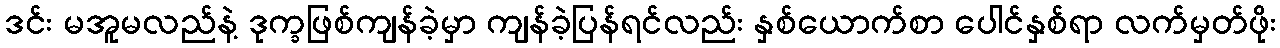
ဒင်း မအူမလည်နဲ့ ဒုက္ခဖြစ်ကျန်ခဲ့မှာ ကျန်ခဲ့ပြန်ရင်လည်း နှစ်ယောက်စာ ပေါင်နှစ်ရာ လက်မှတ်ဖိုး